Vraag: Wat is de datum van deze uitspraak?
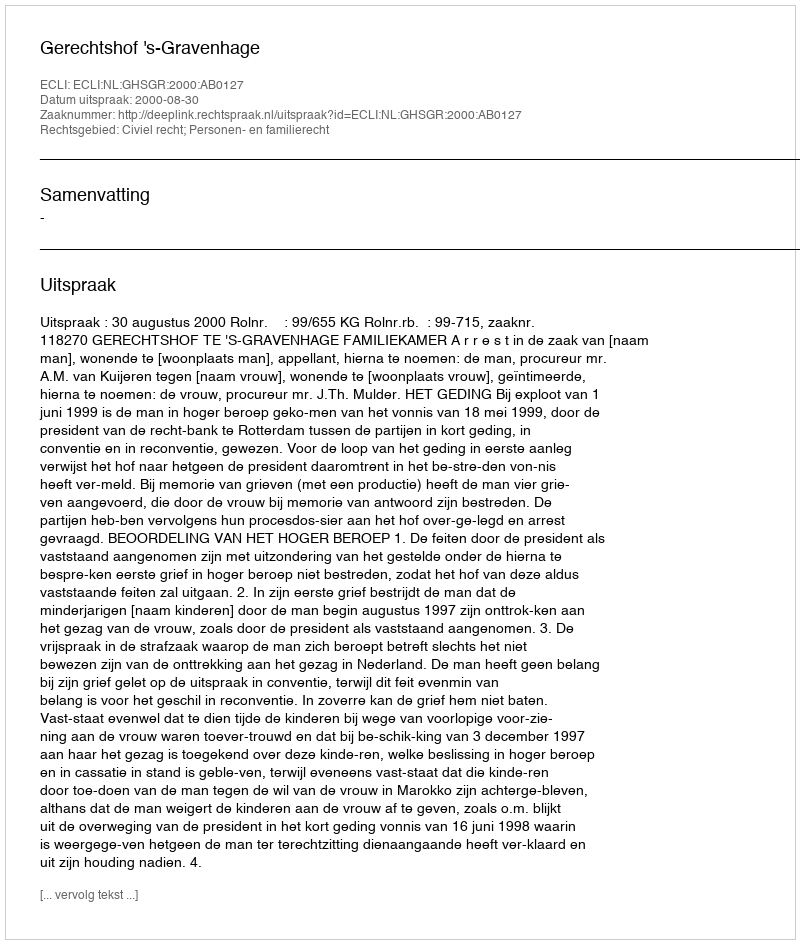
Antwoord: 2000-08-30